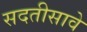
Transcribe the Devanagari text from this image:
सदतीसावे